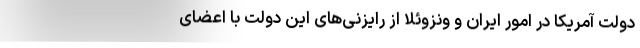
دولت آمریکا در امور ایران و ونزوئلا از رایزنی‌های این دولت با اعضای